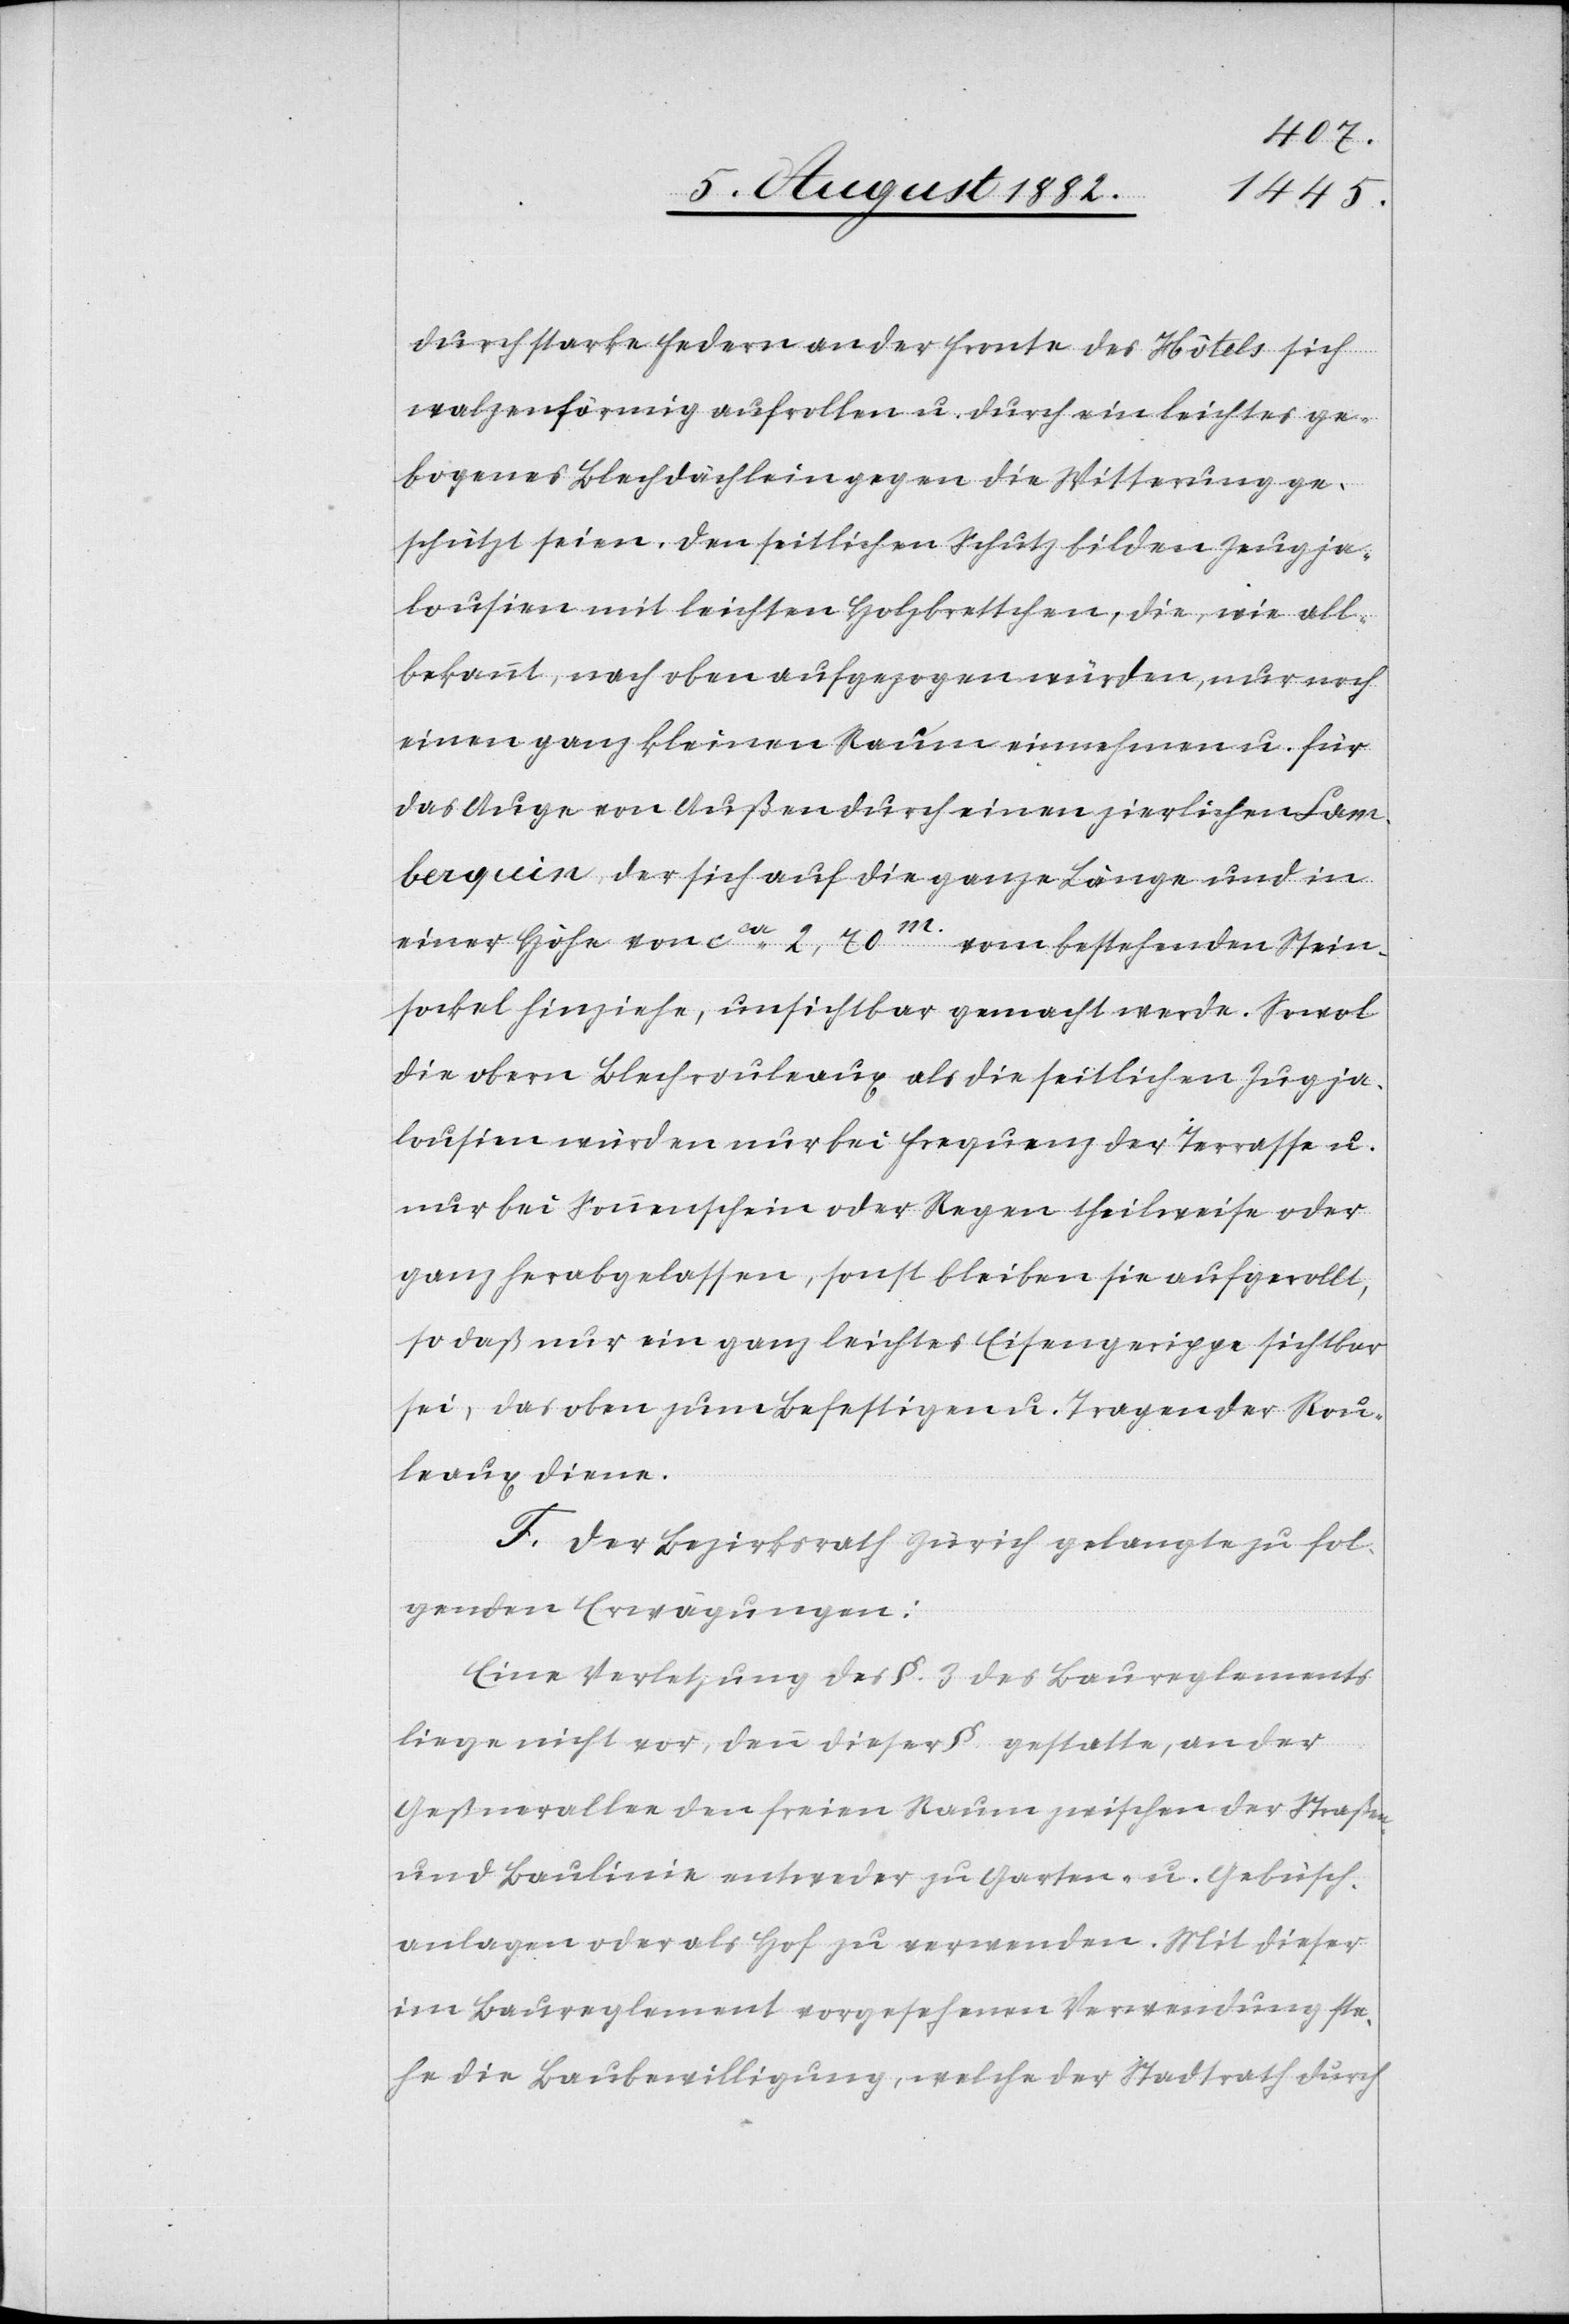
durch starke Federn an der Fronte des Hôtels sich
walzenförmig aufrollen u. durch ein leichtes ge¬
bogenes Blechdächlein gegen die Witterung ge¬
schützt seien. Den seitlichen Schutz bilden Zugja¬
lousien mit leichten Holzbrettchen, die, wie all¬
bekannt, nach oben aufgezogen würden, nur noch
einen ganz kleinen Raum einnehmen u. für
das Auge von Außen durch einen zierlichen Sam¬
berquin, der sich auf die ganze Länge und in
einer Höhe von ca 2,70m vom bestehenden Stein¬
sockel hinziehe, unsichtbar gemacht werde. Sowol
die obern Blechrouleux als die seitlichen Zugja¬
lousien würden nur bei Frequenz der Terrasse u.
nur bei Sonnenschein oder Regen theilweise oder
ganz herabgelassen, sonst bleiben sie aufgerollt,
so daß nur ein ganz leichtes Eisengerippe sichtbar
sei, das oben zum Befestigen u. Tragen der Rou¬
leaux diene.
F. Der Bezirksrath Zürich gelangte zu fol¬
genden Erwägungen:
Eine Verletzung des §. 3 des Baureglements
liege nicht vor, denn dieser § gestatte, an der
Geßnerallee den freien Raum zwischen der Straßen-
und Baulinie entweder zu Garten- u. Gebüsch¬
anlagen oder als Hof zu verwenden. Mit dieser
im Baureglement vorgesehenen Verwendung ste¬
he die Baubewilligung, welche der Stadtrath durch